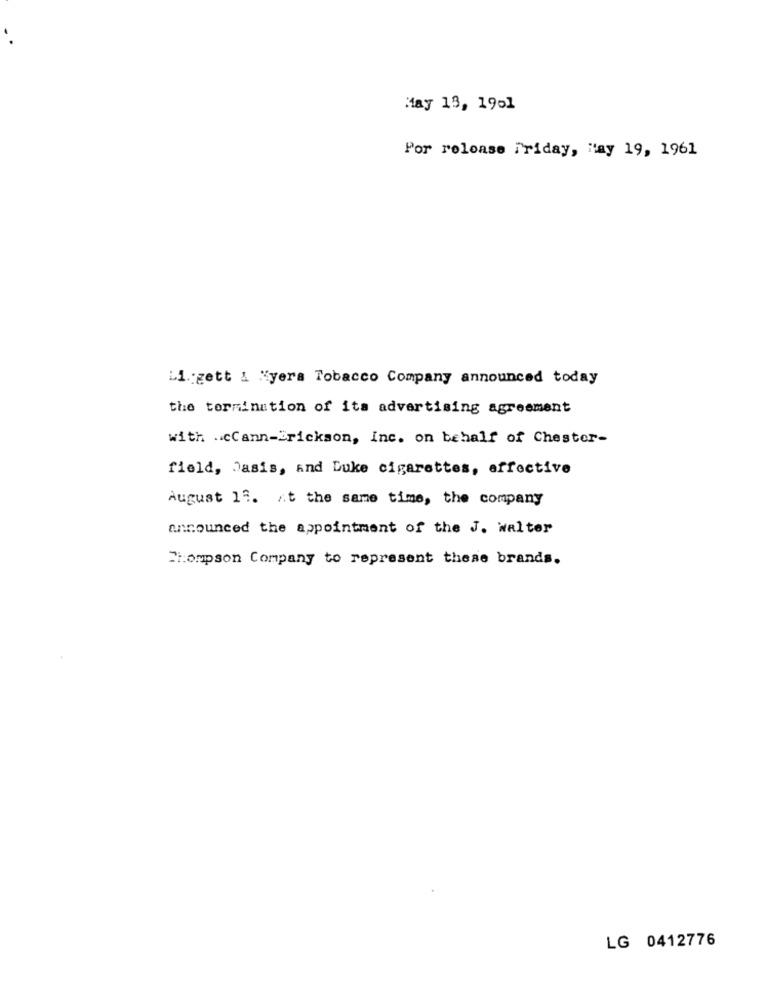
May 13, 1951
Por reloase Friday, May 19, 1961
Li zett & "yera Tobacco Company announced today
the termination of its advertising agreement
with .cCann-Erickson, inc. on behalf of Chester-
field, Jasis, and Duke cigarettes, effective
August 19. At the same time, the company
announced the appointment of the J. walter
Thompson Company to represent these brands.
LG 0412776